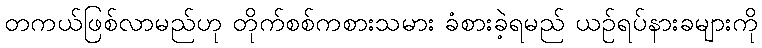
တကယ်ဖြစ်လာမည်ဟု တိုက်စစ်ကစားသမား ခံစားခဲ့ရမည် ယဉ်ရပ်နားခများကို